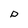
Character: D